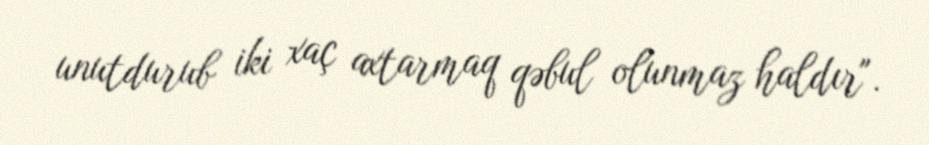
unutdurub iki xaç axtarmaq qəbul olunmaz haldır".